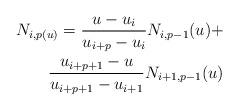
LaTeX: \begin{align*}N_{i,p(u)}=\frac{u-u_{i}}{u_{i+p}-u_{i}} N_{i,p-1}(u) + \\\frac{u_{i+p+1} -u}{u_{i+p+1}-u_{i+1}} N_{i+1,p-1}(u) \end{align*}